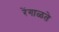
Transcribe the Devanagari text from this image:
रेंगाळते